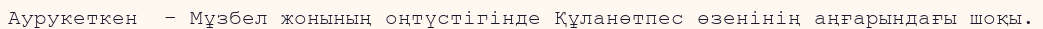
Аурукеткен  – Мұзбел жонының оңтүстігінде Құланөтпес өзенінің аңғарындағы шоқы.